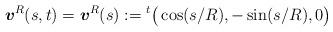
LaTeX: \begin{align*}\mbox{\mathversion{bold}$v$}^{R}(s,t) = \mbox{\mathversion{bold}$v$}^{R}(s):= {}^{t}\big( \cos(s/R), -\sin(s/R), 0 \big) \end{align*}